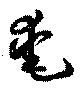
奄